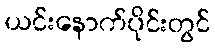
ယင်းနောက်ပိုင်းတွင်